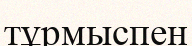
тұрмыспен